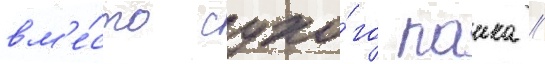
вм'е́сто сухо́го паика //